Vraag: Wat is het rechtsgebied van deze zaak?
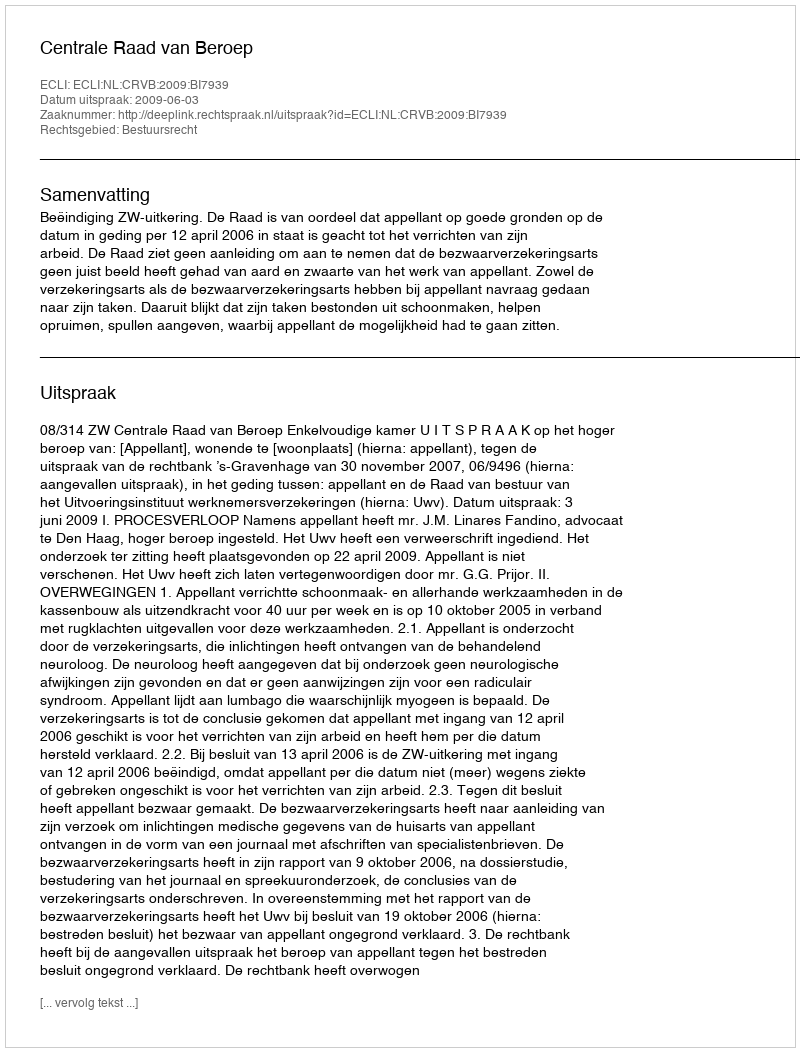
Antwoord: Bestuursrecht